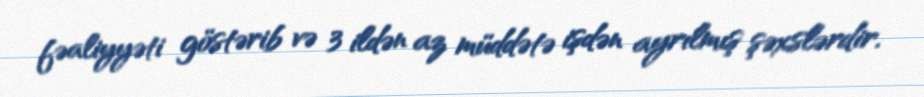
fəaliyyəti göstərib və 3 ildən az müddətə işdən ayrılmış şəxslərdir.